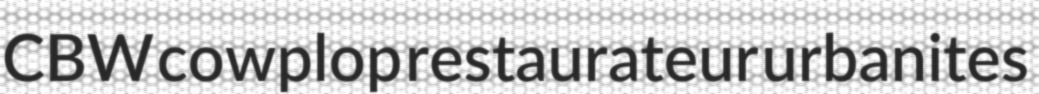
CBW cowplop restaurateur urbanites